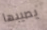
يصيبها